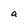
Character: a